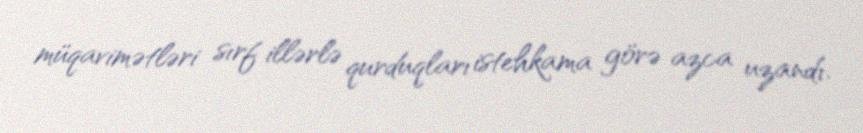
müqavimətləri sırf illərlə qurduqları istehkama görə azca uzandı.